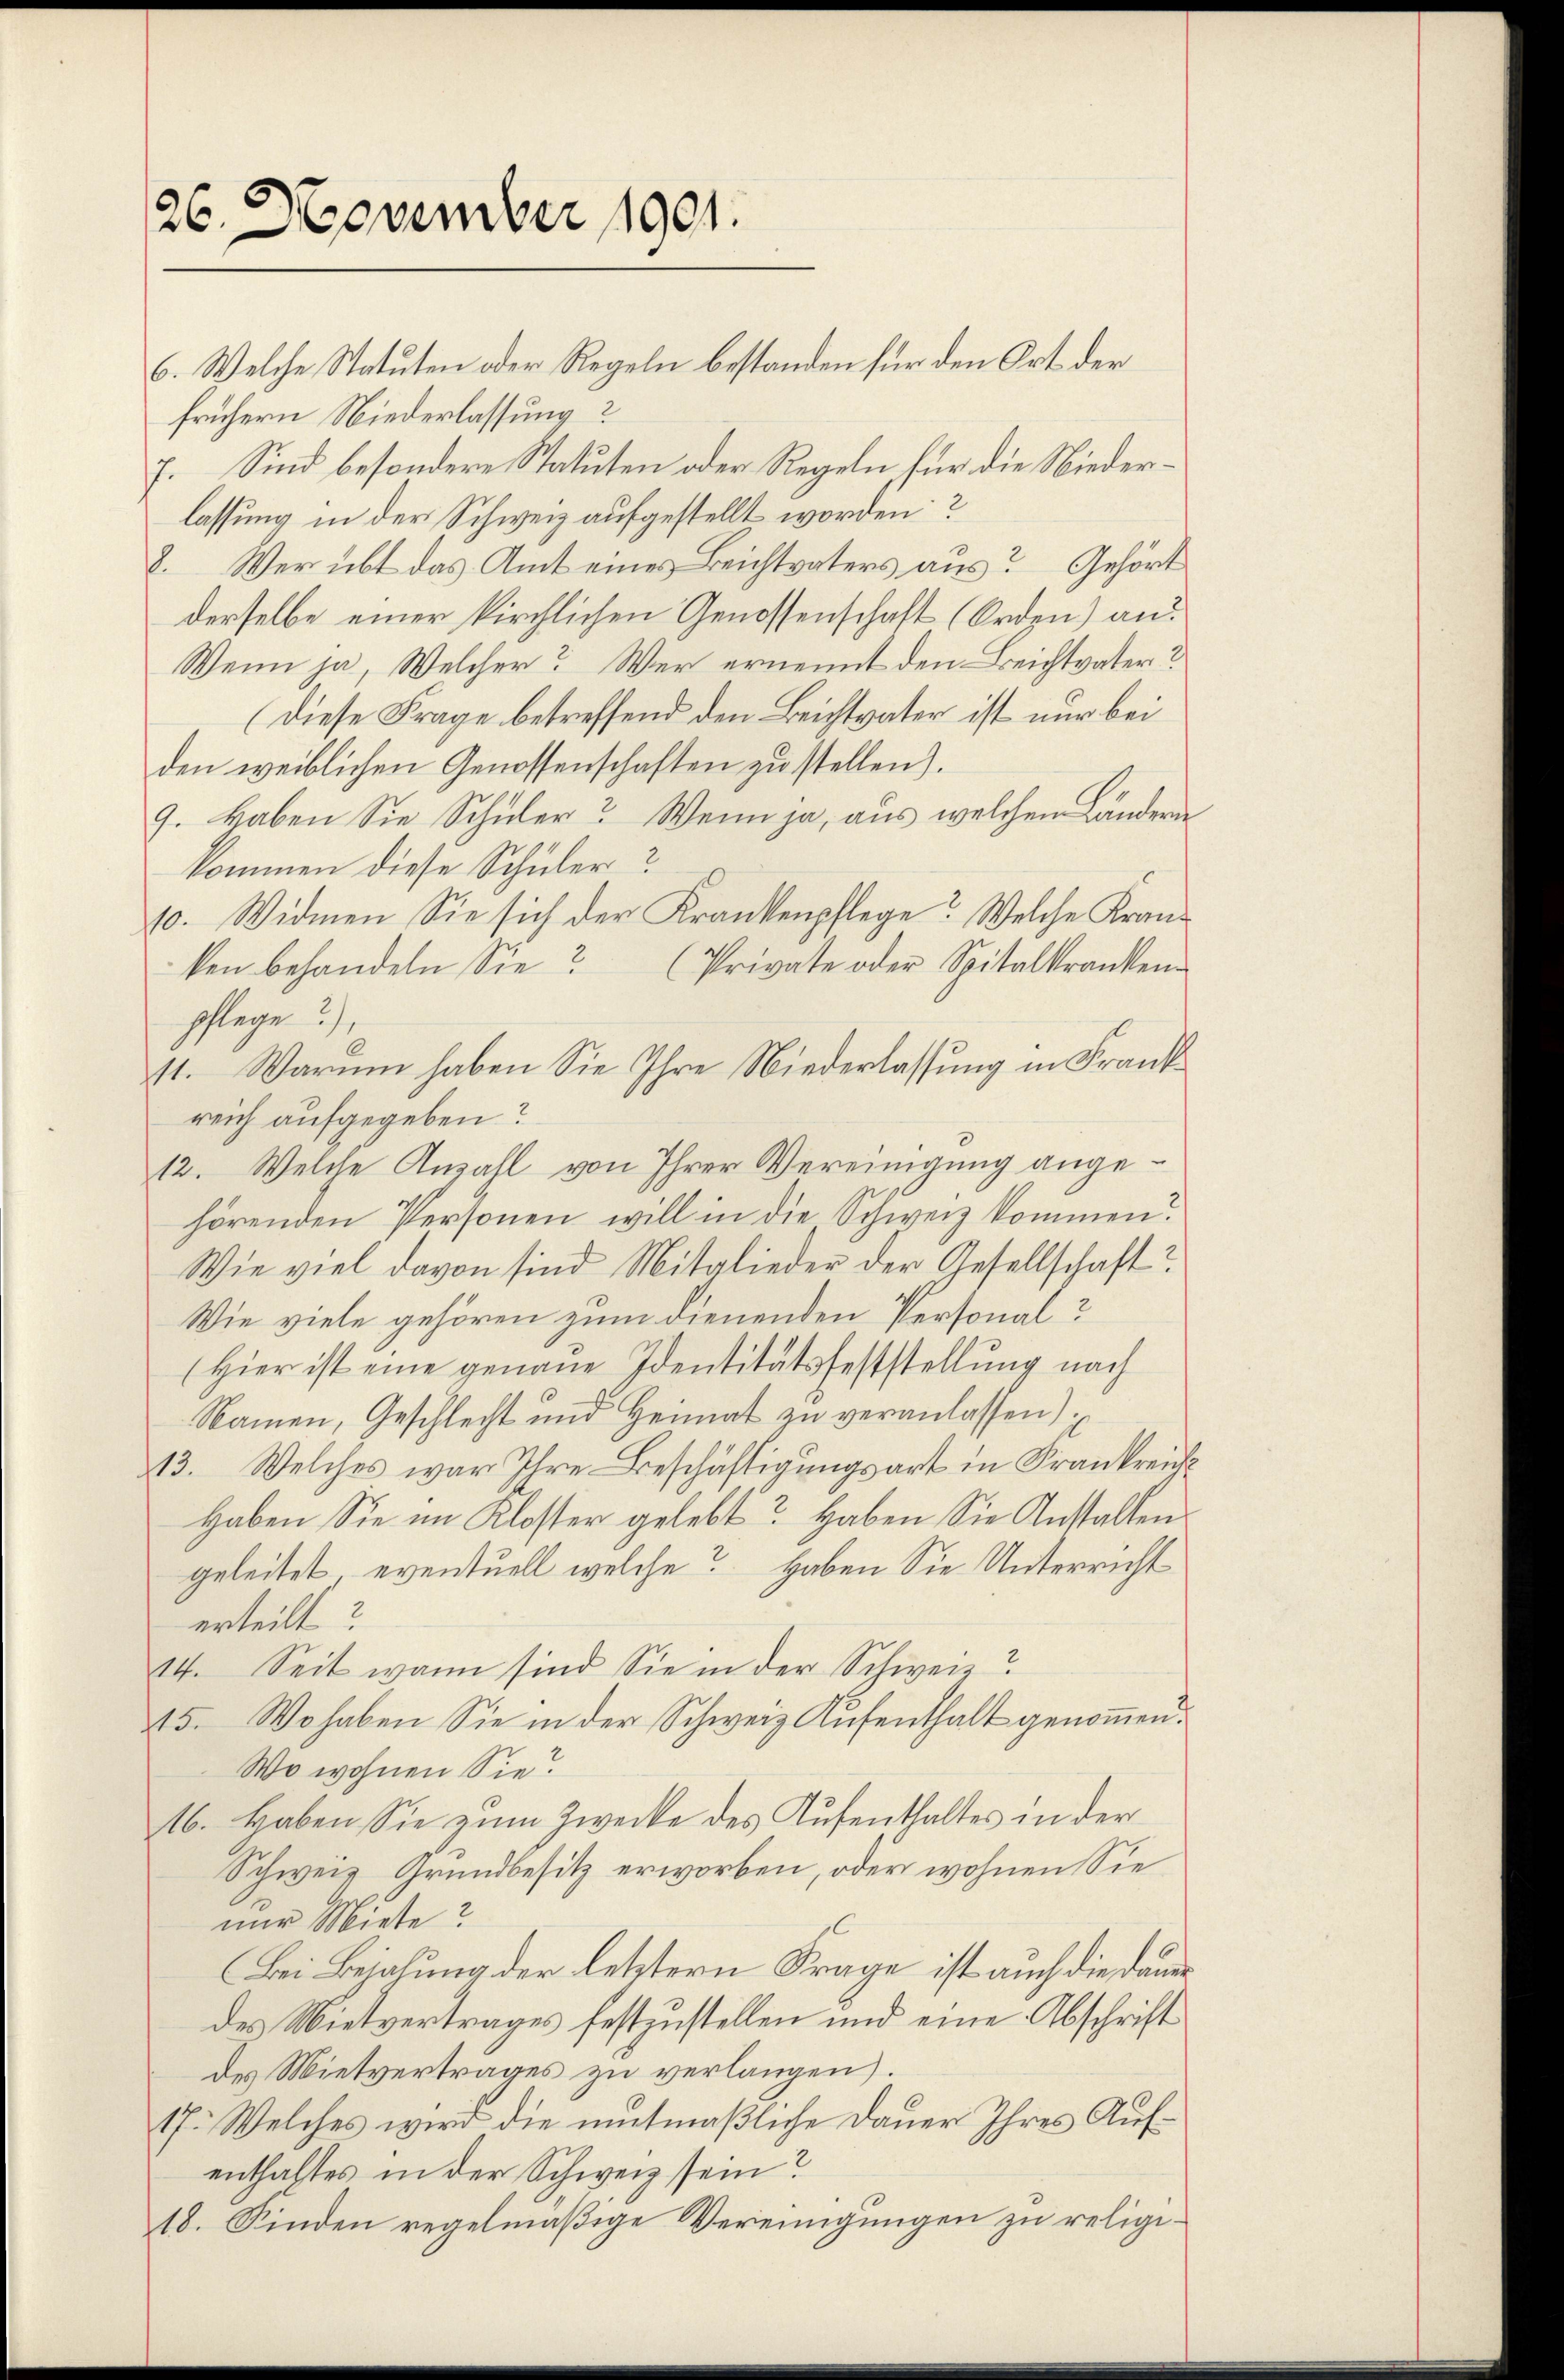
26. November 1901.

6. Welche Statuten oder Regeln bestanden für den Ort der
frühern Niederlassung?
7. Sind besondere Statuten oder Regeln, für die Niederlassung in der Schweiz aufgestellt worden?
8. Wer übt das Amt eines Beichtvaters aus? Gehört
derselbe einer kirchlichen Genossenschaft (Orden) an
Wenn ja, Welcher? Wer ernennt den Leichtvater?
(Diese Frage betreffend den Beichtvater ist nur bei
den weiblichen Genossenschaften zu stellen).
9. Haben Sie Schüler? Wenn ja, aus welchem Ländern
kommen diese Schüler?
10. Widmen Sie sich der Krankenpflege: Welche Kran-
ken behandeln Sie? (Private oder Spitalkranken-
pflege?),
11. Warum haben Sie Ihre Niederlassung in Frankreich aufgegeben?
12. Welche Anzahl von Ihrer Vereinigung angehörenden Personen will in die Schweiz kommen.
Wie viel davon sind Mitglieder der Gesellschaft?
Wie viele gehören zum dienenden Personal¬
(Hier ist eine genaue Identitätsfeststellung nach
Namen, Geschlecht und Heimat zu veranlassen)
43. Welches war Ihre-Beschäftigungsart in Frankreich¬
Haben Sie im Kloster gelebt? Haben Sie Anstalten
geleitet, eventuell welche? Haben Sie Unterricht
erteilt?
14. Seit wann sind Sie in der Schweiz?
15. Wo haben Sie in der Schweiz. Aufenthalt genommen.
Wo wohnen Sie
16. Haben Sie zum Zwecke des Aufenthaltes in der
Schweiz Grundbesitz erworben, oder wohnen Sie
nur Miete?
Bei Bejahung der letztern Frage ist auch die daue
des Mietvertrages festzustellen und eine Abschrift
des Mietvertrages zu verlangen.
17. Welches wird die mitmaßliche Dauer Ihres Aufenthaltes in der Schweiz sein?
18. Finden regelmäßige Vereinigungen zu religi¬